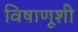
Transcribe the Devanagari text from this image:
विषाणूशी